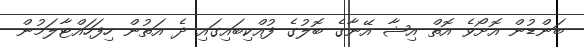
ބަންޑުން އޮށޯވެ އޮތް އިޝާ އޭނާގެ ބޮލުގެ ފުއްކިބައިގައި ދެ އަތުން ހިފަހައްޓާލަމުން